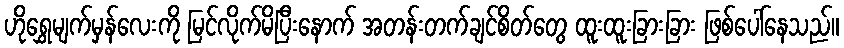
ဟိုရွှေမျက်မှန်လေးကို မြင်လိုက်မိပြီးနောက် အတန်းတက်ချင်စိတ်တွေ ထူးထူးခြားခြား ဖြစ်ပေါ်နေသည်။